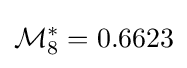
{\mathcal {M}}_{8}^{*}=0.6623